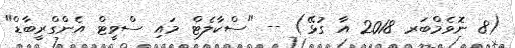
(8 ނޮވެމްބަރ 2018 އާ ގުޅޭ) -- "ސްކާލެޓް މައި ސްވީޓް އެންގްރީބާޑް"